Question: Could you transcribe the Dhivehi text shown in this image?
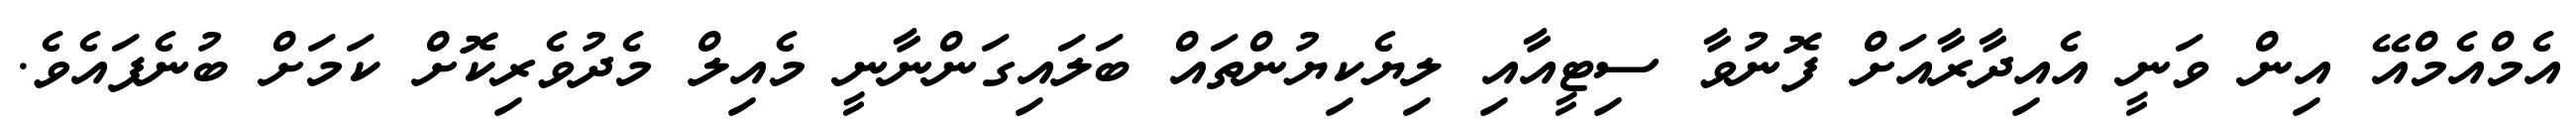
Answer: އެމްއެމްއޭ އިން ވަނީ އެއިދާރާއަށް ފޮނުވާ ސިޓީއާއި ލިޔެކިޔުންތައް ބަލައިގަންނާނީ މެއިލް މެދުވެރިކޮށް ކަމަށް ބުނެފައެވެ.